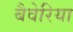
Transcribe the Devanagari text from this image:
बैवेरिया